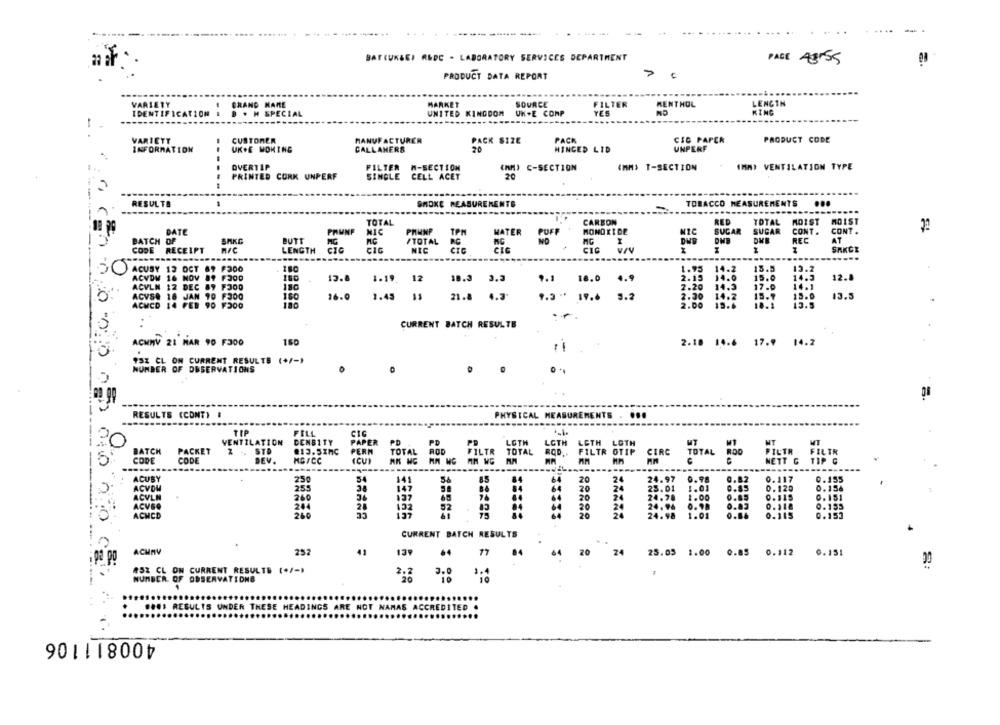
BATCUKSEJ REDE - LABORATORY SERVICES DEPARTMENT
PAGE AS55
PRODUCT DATA REPORT
VARIETY
BRAND NAME
MARKET
SOURCE
FILTER
MENTHOL
LENGTH
IDENTIFICATION
B . H SPECIAL
UNITED KINGDOM UK.E COMP
YES
KING
PACK
VARIETY
CUSTOMER
MANUFACTURER
PACK SIZE
CIG PAPER
PRODUCT CODE
INFORMATION
UK+E WOKING
CALLAHERS
20
HINGED LID
UNPERF
OVERTIP
FILTER M-SECTION
(MM) C-SECTION
(MM) T-SECTION
(MM) VENTILATION TYPE
PRINTED CORK UNPERF
SINGLE CELL ACET
RESULTS
1
SMOKE REASUREMENTS
TOBACCO MEASUREMENTS
...
...
TOTAL
CARBON
RED
TOTAL
MOIST
DATE
PRUNE
NIC
PHUNP
TON
MATER
PUFF
MONOXIDE
NIC
SUGAR
SUGAR
CONT .
CONT .
BATCH OF
SAKG
BUTI
NO
REC
AT
/TOTAL
CODE RECEIPT
LENGTH
CIG
NIC
CIG
CIC
SAKCE
ACUSY 13 OCT 89 F300
180
1.95
14.2
13.5
13.2
ACVDW 16 NOV 19 FOOD
2.15
14.9
15.0
14.3
12.8
180
13.8
1.19
12
10.3 3.3
9.1
18.0
4.9
ACVLN 12 DEC 89 FOOD
180
2.20
14.3
17.0
14.1
ACVS# 18 JAN 90 F300
180
26.0
1.45
21.8 4.3
19.4
5.2
2.00
14.2
15.7
15.0
13.5
ACMCD 14 FEB 90 F500
2.00
13.6
18.1
13.5
CURRENT BATCH RESULTE
ACHMY 21 HAR 90 F300
2.18 14.6 17.9 14.2
95% CL ON CURRENT RESULTE (+/-)
NUMBER OF DESERVATIONS
RESULTS (CONT) #
PHYSICAL MEASUREMENTS . ...
...
TIF
FILL
VENTILATION
DENBITY
PAPER
PD
PD
PD
LOTH
LGTH
LOTH
LGTH
BATCH
PACKET
STD
#13.5INC
ROD
PERN
TOTAL
FILTR
TOTAL
ROD ..
FILTR OTIP
CIRC
TOTAL ROD
FILTR FILTR
CODE
CODE
DEV.
KGICC
MM WC
NETT G
-----
---
ACUBY
250
54
141
85
84
64
20
24
24.97
0.98
0.82
0.117
0.155
0.85
ACVOM
255
147
64
20
24
25.01
1.01
0. 120
0.136
ACVLN
260
137
24
20
24
24.78
1.00
0.115
0.181
ACVSO
CC
132
52
20
24. 96
0. 98
0.155
ACNCD
260
75
84
24.98
1.01
0.115
0.153
CURRENT BATCH RESULTS
ACHAV
252
41
77
20
24
139
..
84
64
25.05 1.00 0.85 0.112
0.151
452 CL ON CURRENT RESULTS (+/-)
NUMBER OF OBSERVATIONS
3.0
RESULTS UNDER THESE HEADINGS ARE NOT NAMAS ACCREDITED .
400811106